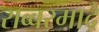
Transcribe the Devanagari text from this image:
राब्बरमादे